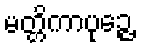
မတ္တိကာပုဉ္ဇေ